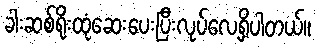
ခါးဆစ်ရိုးထုံဆေးပေးပြီးလုပ်လေ့ရှိပါတယ်။